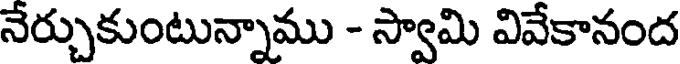
నేర్చుకుంటున్నాము - స్వామి వివేకానంద